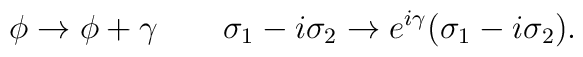
\phi  \rightarrow \phi + \gamma  \qquad \sigma_1 - i \sigma_2 \rightarrow e^{i \gamma} ( \sigma_1 - i \sigma_2) .